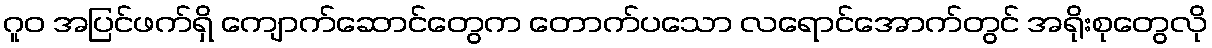
ဂူဝ အပြင်ဖက်ရှိ ကျောက်ဆောင်တွေက တောက်ပသော လရောင်အောက်တွင် အရိုးစုတွေလို